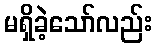
မရှိခဲ့သော်လည်း